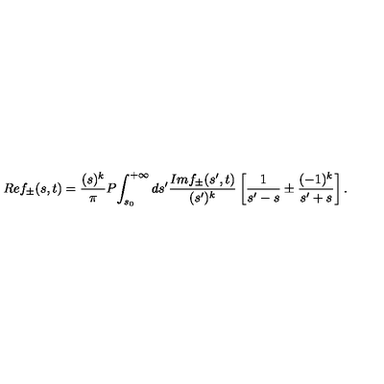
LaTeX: R e f _ { \pm } ( s , t ) = \frac { ( s ) ^ { k } } { \pi } P \! \int _ { s _ { 0 } } ^ { + \infty } d s ^ { \prime } \frac { I m f _ { \pm } ( s ^ { \prime } , t ) } { ( s ^ { \prime } ) ^ { k } } \left[ \frac { 1 } { s ^ { \prime } - s } \pm \frac { ( - 1 ) ^ { k } } { s ^ { \prime } + s } \right] .